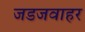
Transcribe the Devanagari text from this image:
जडजवाहर